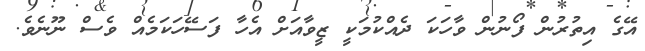
އޭގެ އިތުރުން ފޯނުން ވާހަކަ ދެއްކުމަކީ ޒީވާއަށް އެހާ ފަސޭހަކަމެއް ވެސް ނޫނެވެ.